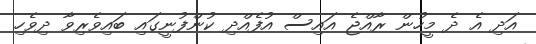
އަދި އެ ދެ މީހުން ރާއްޖެ އައިސް އުފެއްދި ކުންފުނީގައި ބައިވެރިވާ ދިވެހި